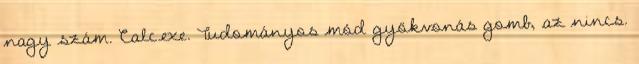
nagy szám. Calc.exe. Tudományos mód gyökvonás gomb, az nincs.